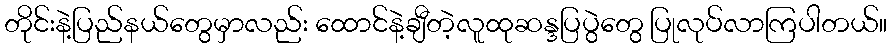
တိုင်းနဲ့ပြည်နယ်တွေမှာလည်း ထောင်နဲ့ချီတဲ့လူထုဆန္ဒပြပွဲတွေ ပြုလုပ်လာကြပါတယ်။